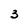
Character: 3